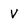
Character: V